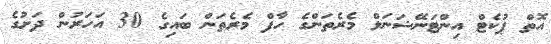
އޮތް ޕުކެޓް އިންޓަނޭޝަނަލް މެރެތަންގެ ހާފް މެރެތަން ބައިގެ 30 އަހަރުން ދަށުގެ